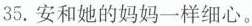
35.安和她的妈妈一样细心。